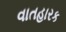
વાતહારક